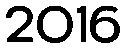
2016